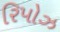
રિપોઝ